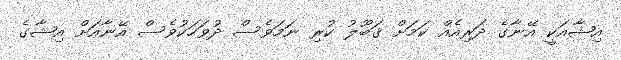
އިޝާއަކީ އޭނާގެ ދަރިއެއް ކަމަށް ޤަބޫލު ކުރި ނަމަވެސް ދުވަހަކުވެސް އޭނާއަށް އިޝާގެ